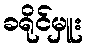
ခရိုင်မှူး